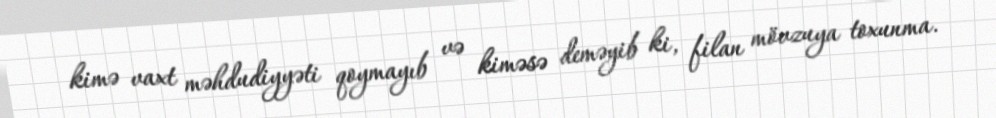
kimə vaxt məhdudiyyəti qoymayıb və kiməsə deməyib ki, filan mövzuya toxunma.